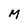
Character: M